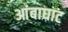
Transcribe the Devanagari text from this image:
आंबाघाट